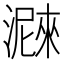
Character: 𤀛